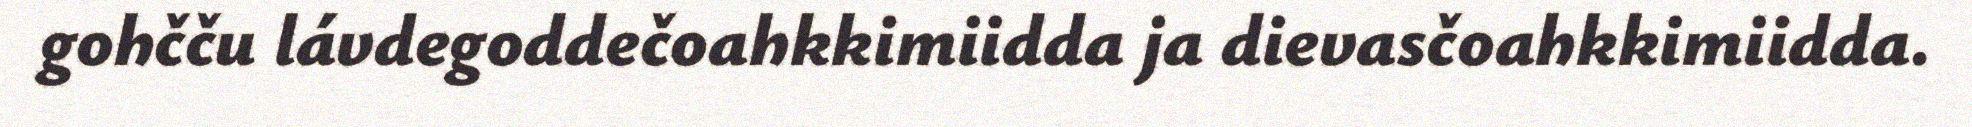
gohčču lávdegoddečoahkkimiidda ja dievasčoahkkimiidda.